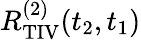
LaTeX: R_{\mathrm{TIV}}^{(2)}(t_{2},t_{1})